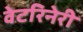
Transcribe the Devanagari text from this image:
वेटरिनेरी